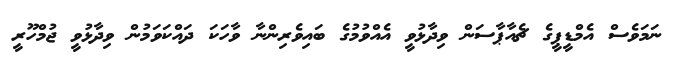
ނަމަވެސް އެމްޑީޕީގެ ޗެއާޕާސަން ވިދާޅުވީ އެއްވުމުގެ ބައިވެރިންނާ ވާހަކަ ދައްކަވަމުން ވިދާޅުވީ ޖުމްްހޫރީ